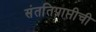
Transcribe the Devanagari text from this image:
संततिप्राप्तीची